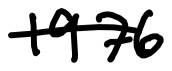
Text: 1976
Cross-out: single-line
Writing tool: digital_black